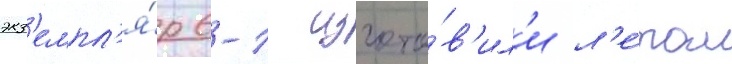
экз'емпл'я́р 6-1 изгото́в'ил'и л'е́том